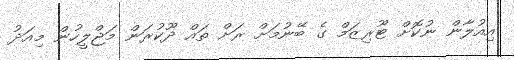
އިއުލާން ނުކޮށް ޓޫރިޒަމް ގެ ބޭނުމަށް ރަށް ތައް ދޫކުރަން މަޖްލީހުން މިއަދު